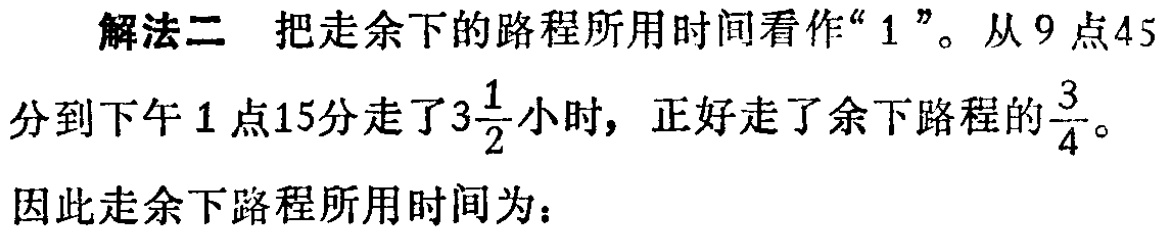
解法二 把走余下的路程所用时间看作“$1$”。从$9$点$45$分到下午$1$点$15$分走了$3\frac{1}{2}$小时，正好走了余下路程的$\frac{3}{4}$。

因此走余下路程所用时间为：